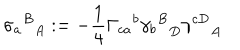
LaTeX: { { \sigma _ { a } } ^ { B } } _ { A } : = - \frac { 1 } { 4 } { \Gamma _ { c a } } ^ { b } { { \gamma _ { b } } ^ { B } } _ { D } { \gamma ^ { c D } } _ { A }